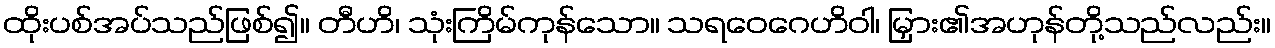
ထိုးပစ်အပ်သည်ဖြစ်၍။ တီဟိ၊ သုံးကြိမ်ကုန်သော။ သရဝေဂေဟိဝါ၊ မြှား၏အဟုန်တို့သည်လည်း။